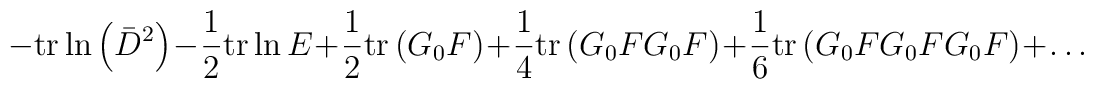
-\mathrm{tr}\ln\left(\bar{D}^2\right)-\frac{1}{2}\mathrm{tr}\ln E+	\frac{1}{2}\mathrm{tr}\left(G_0F\right)+\frac{1}{4}\mathrm{tr}\left(G_0	FG_0F\right)+\frac{1}{6}\mathrm{tr}\left(G_0FG_0FG_0F\right)+\ldots